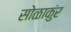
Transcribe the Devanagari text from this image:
सोळाकुंर